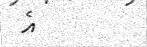
އެ